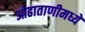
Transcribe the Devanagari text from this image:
ओढाताणीमध्ये